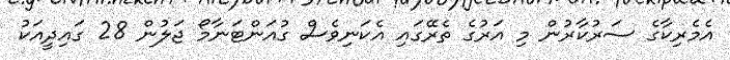
އެމެރިކާގެ ސަރުކާރުން މި އަރުގެ ތެރޭގައި އެކަނިވެސް ގުއަންޓަނާމޯ ޖަލުން 28 ގައިދީއަކު